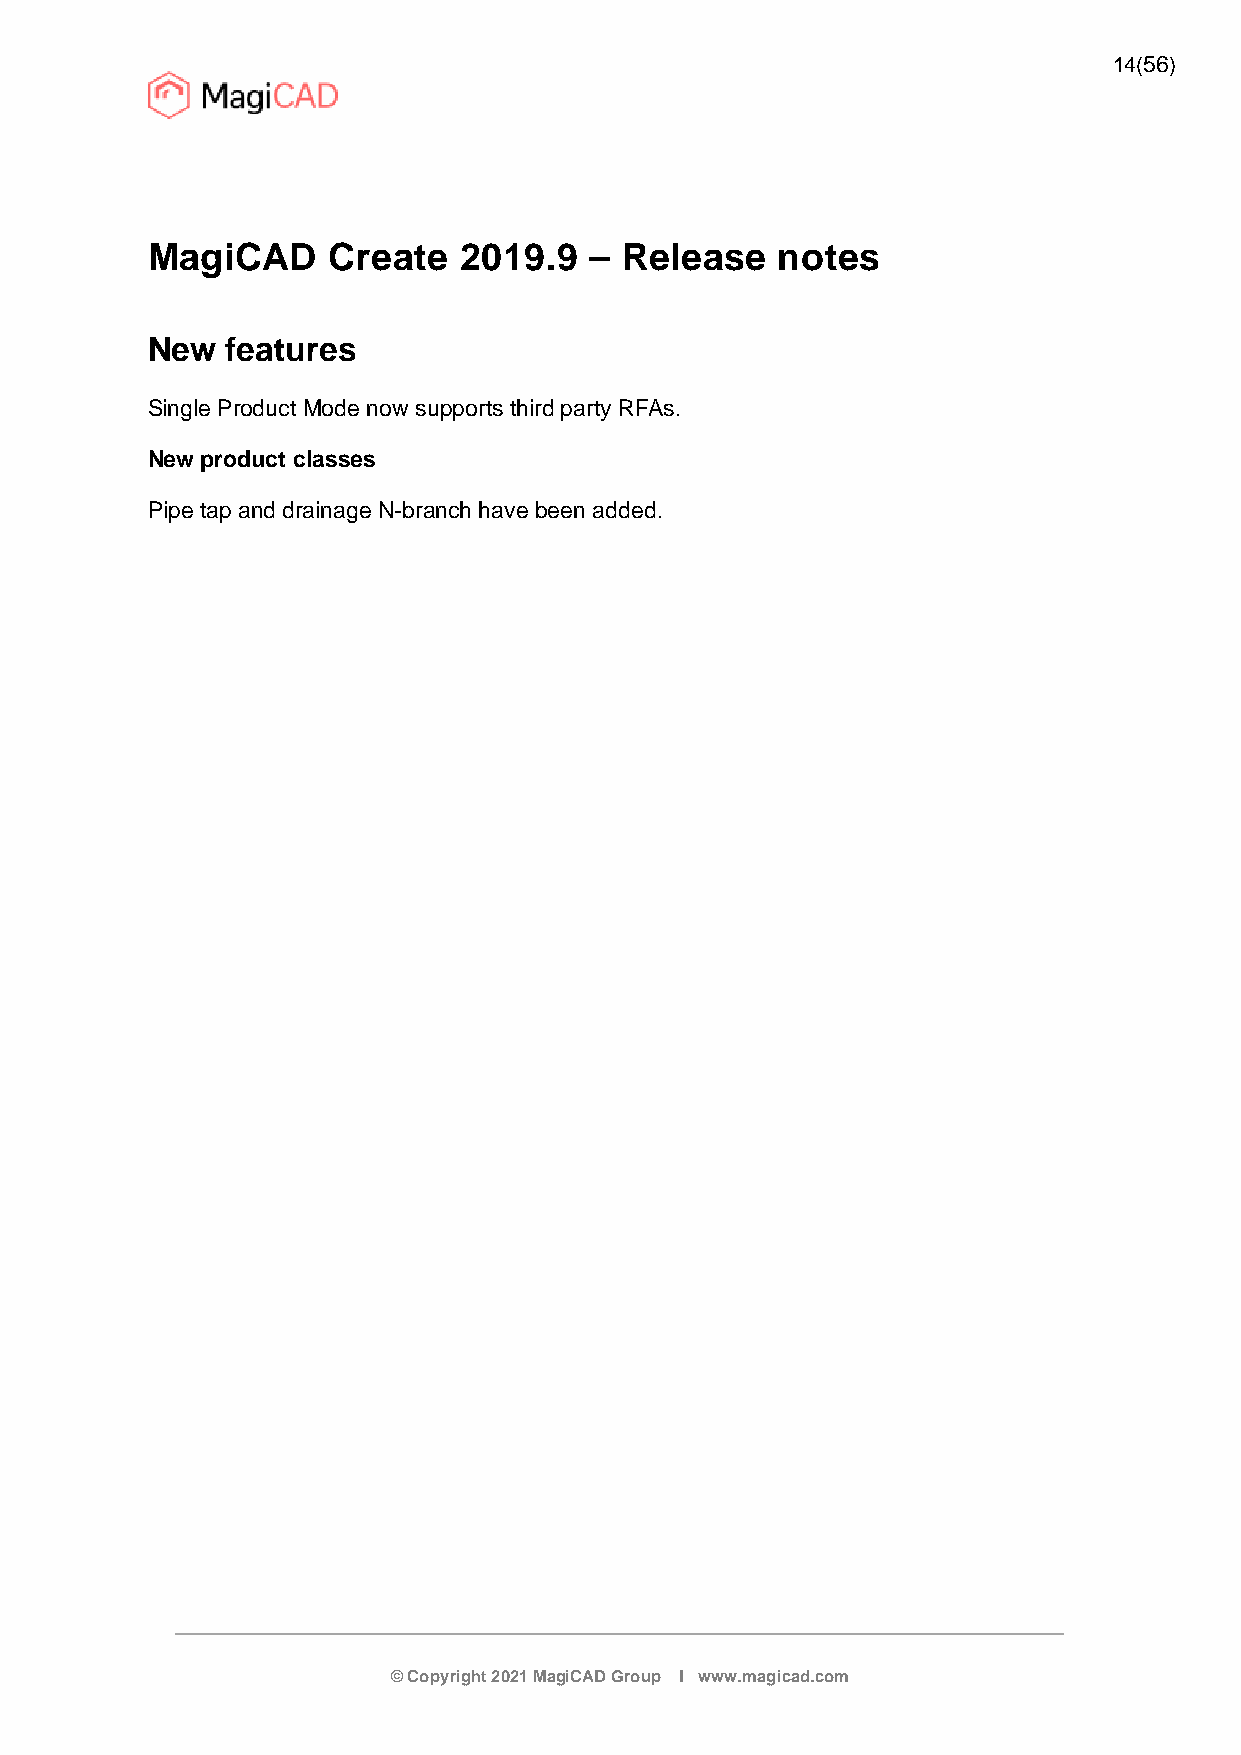
14(56)
 MagiCAD     Create  2019.9   – Release   notes
 New  features
 Single Product Mode now supports third party RFAs.
 New product classes
 Pipe tap and drainage N-branch have been added.
 © Copyright 2021 MagiCAD Group I www.magicad.com